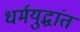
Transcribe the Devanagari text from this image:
धर्मयुद्धांत